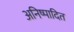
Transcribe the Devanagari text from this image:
अनिष्पादित